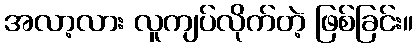
အလာ့လား လူကျပ်လိုက်တဲ့ ဖြစ်ခြင်း။